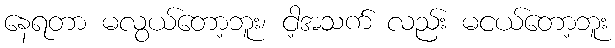
နေရတာ မလွယ်တော့ဘူး၊ ငါ့အသက် လည်း မငယ်တော့ဘူး